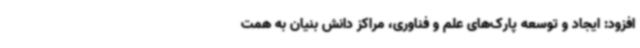
افزود: ایجاد و توسعه پارک‌های علم و فناوری، مراکز دانش بنیان به همت